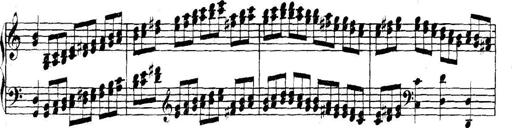
Title: Collected Piano Sonatas
Composer: Muzio Clementi